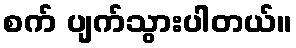
စက် ပျက်သွားပါတယ်။